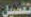
تفصيل